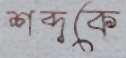
শব্দকে